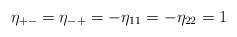
LaTeX: \begin{align*}\eta_{+-} = \eta_{-+} = - \eta_{11} = - \eta_{22} = 1\end{align*}